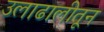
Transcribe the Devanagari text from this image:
उलाढालीतून